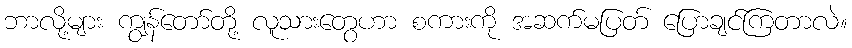
ဘာလို့များ ကျွန်တော်တို့ လူသားတွေဟာ စကားကို အဆက်မပြတ် ပြောချင်ကြတာလဲ။